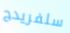
سلفريدج